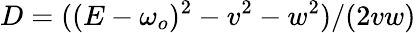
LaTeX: D=((E-\omega_{o})^{2}-v^{2}-w^{2})/(2vw)